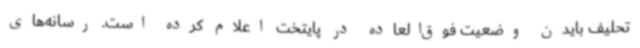
تحلیف بایدن وضعیت فوق‌العاده در پایتخت اعلام کرده است. رسانه‌های